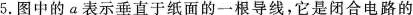
5.图中的a表示垂直于纸面的一根导线，它是闭合电路的